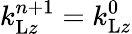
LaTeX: k_{\mathrm{L}z}^{n+1}=k_{\mathrm{L}z}^{0}